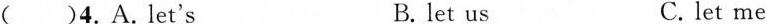
( )4.A.Let's B.let us C.let me